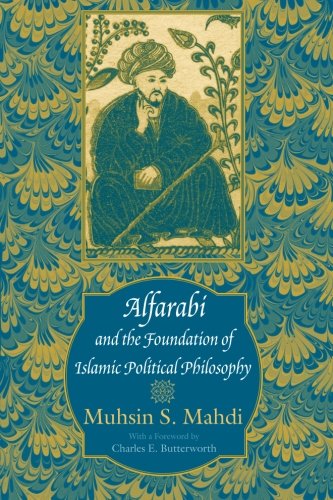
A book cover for Alfarabi and the Foundation of Islamic Political Philosophy; Muhsin S. Mahdi; Politics & Social Sciences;